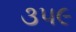
૩૫૯